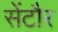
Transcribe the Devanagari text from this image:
सेंटौर